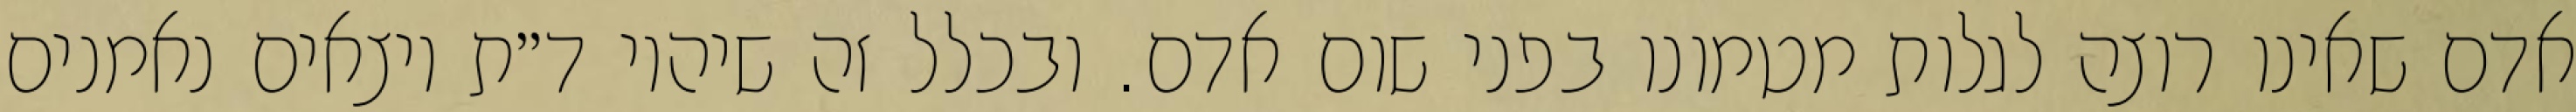
אדם שאינו רוצה לגלות מטמונו בפני שום אדם. ובכלל זה שיהיו ד״ת יוצאים נאמנים